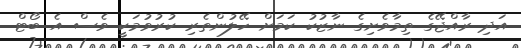
އަދި ރާއްޖޭގެ ތިމާވެށިގެ ނާޒުކު ކަމަށް ހޭލުންތެރި ކުރުވުމަކީ ވެސް އެ ބޯޓް